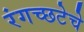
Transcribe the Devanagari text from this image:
रंगच्‍छटेचे